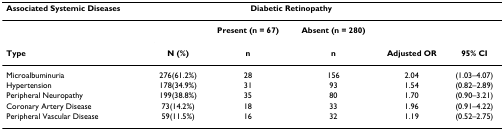
<table><thead><tr><td><b>Associated Systemic Diseases</b></td><td>[EMPTY_CELL]</td><td colspan="2"><b>Diabetic Retinopathy</b></td><td>[EMPTY_CELL]</td><td>[EMPTY_CELL]</td></tr></thead><tbody><tr><td>[EMPTY_CELL]</td><td>[EMPTY_CELL]</td><td><b>Present (n = 67)</b></td><td><b>Absent (n = 280)</b></td><td>[EMPTY_CELL]</td><td>[EMPTY_CELL]</td></tr><tr><td><b>Type</b></td><td><b>N (%)</b></td><td><b>n</b></td><td><b>n</b></td><td><b>Adjusted OR</b></td><td><b>95% CI</b></td></tr><tr><td>Microalbuminuria</td><td>276(61.2%)</td><td>28</td><td>156</td><td>2.04</td><td>(1.03–4.07)</td></tr><tr><td>Hypertension</td><td>178(34.9%)</td><td>31</td><td>93</td><td>1.54</td><td>(0.82–2.89)</td></tr><tr><td>Peripheral Neuropathy</td><td>199(38.8%)</td><td>35</td><td>80</td><td>1.70</td><td>(0.90–3.21)</td></tr><tr><td>Coronary Artery Disease</td><td>73(14.2%)</td><td>18</td><td>33</td><td>1.96</td><td>(0.91–4.22)</td></tr><tr><td>Peripheral Vascular Disease</td><td>59(11.5%)</td><td>16</td><td>32</td><td>1.19</td><td>(0.52–2.75)</td></tr></tbody></table>